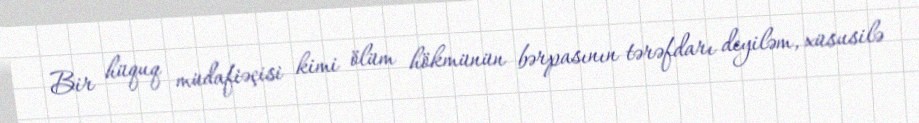
Bir hüquq müdafiəçisi kimi ölüm hökmünün bərpasının tərəfdarı deyiləm, xüsusilə